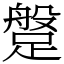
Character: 𨃞